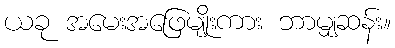
ယခု အမေးအဖြေမျိုးကား ဘာမျှဆန်း။